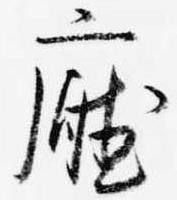
庁